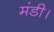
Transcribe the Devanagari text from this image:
मंडी।